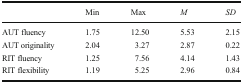
<table><thead><tr><td>[EMPTY_CELL]</td><td><b>Min</b></td><td><b>Max</b></td><td><b><i>M</i></b></td><td><b><i>SD</i></b></td></tr></thead><tbody><tr><td>AUT fluency</td><td>1.75</td><td>12.50</td><td>5.53</td><td>2.15</td></tr><tr><td>AUT originality</td><td>2.04</td><td>3.27</td><td>2.87</td><td>0.22</td></tr><tr><td>RIT fluency</td><td>1.25</td><td>7.56</td><td>4.14</td><td>1.43</td></tr><tr><td>RIT flexibility</td><td>1.19</td><td>5.25</td><td>2.96</td><td>0.84</td></tr></tbody></table>